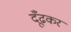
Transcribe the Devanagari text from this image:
दूँढकर